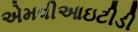
એમવીઆઇટીડી